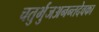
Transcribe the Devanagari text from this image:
चतुर्भुजअनन्तदेवका